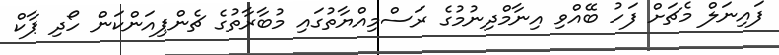
ފައިނަލް މެޗަށް ފަހު ބޭއްވި އިނާމްދިނުމުގެ ރަސްމިއްޔާތުގައި މުބާރާތުގެ ޗެންޕިއަންކަން ހޯދި ޕާކް